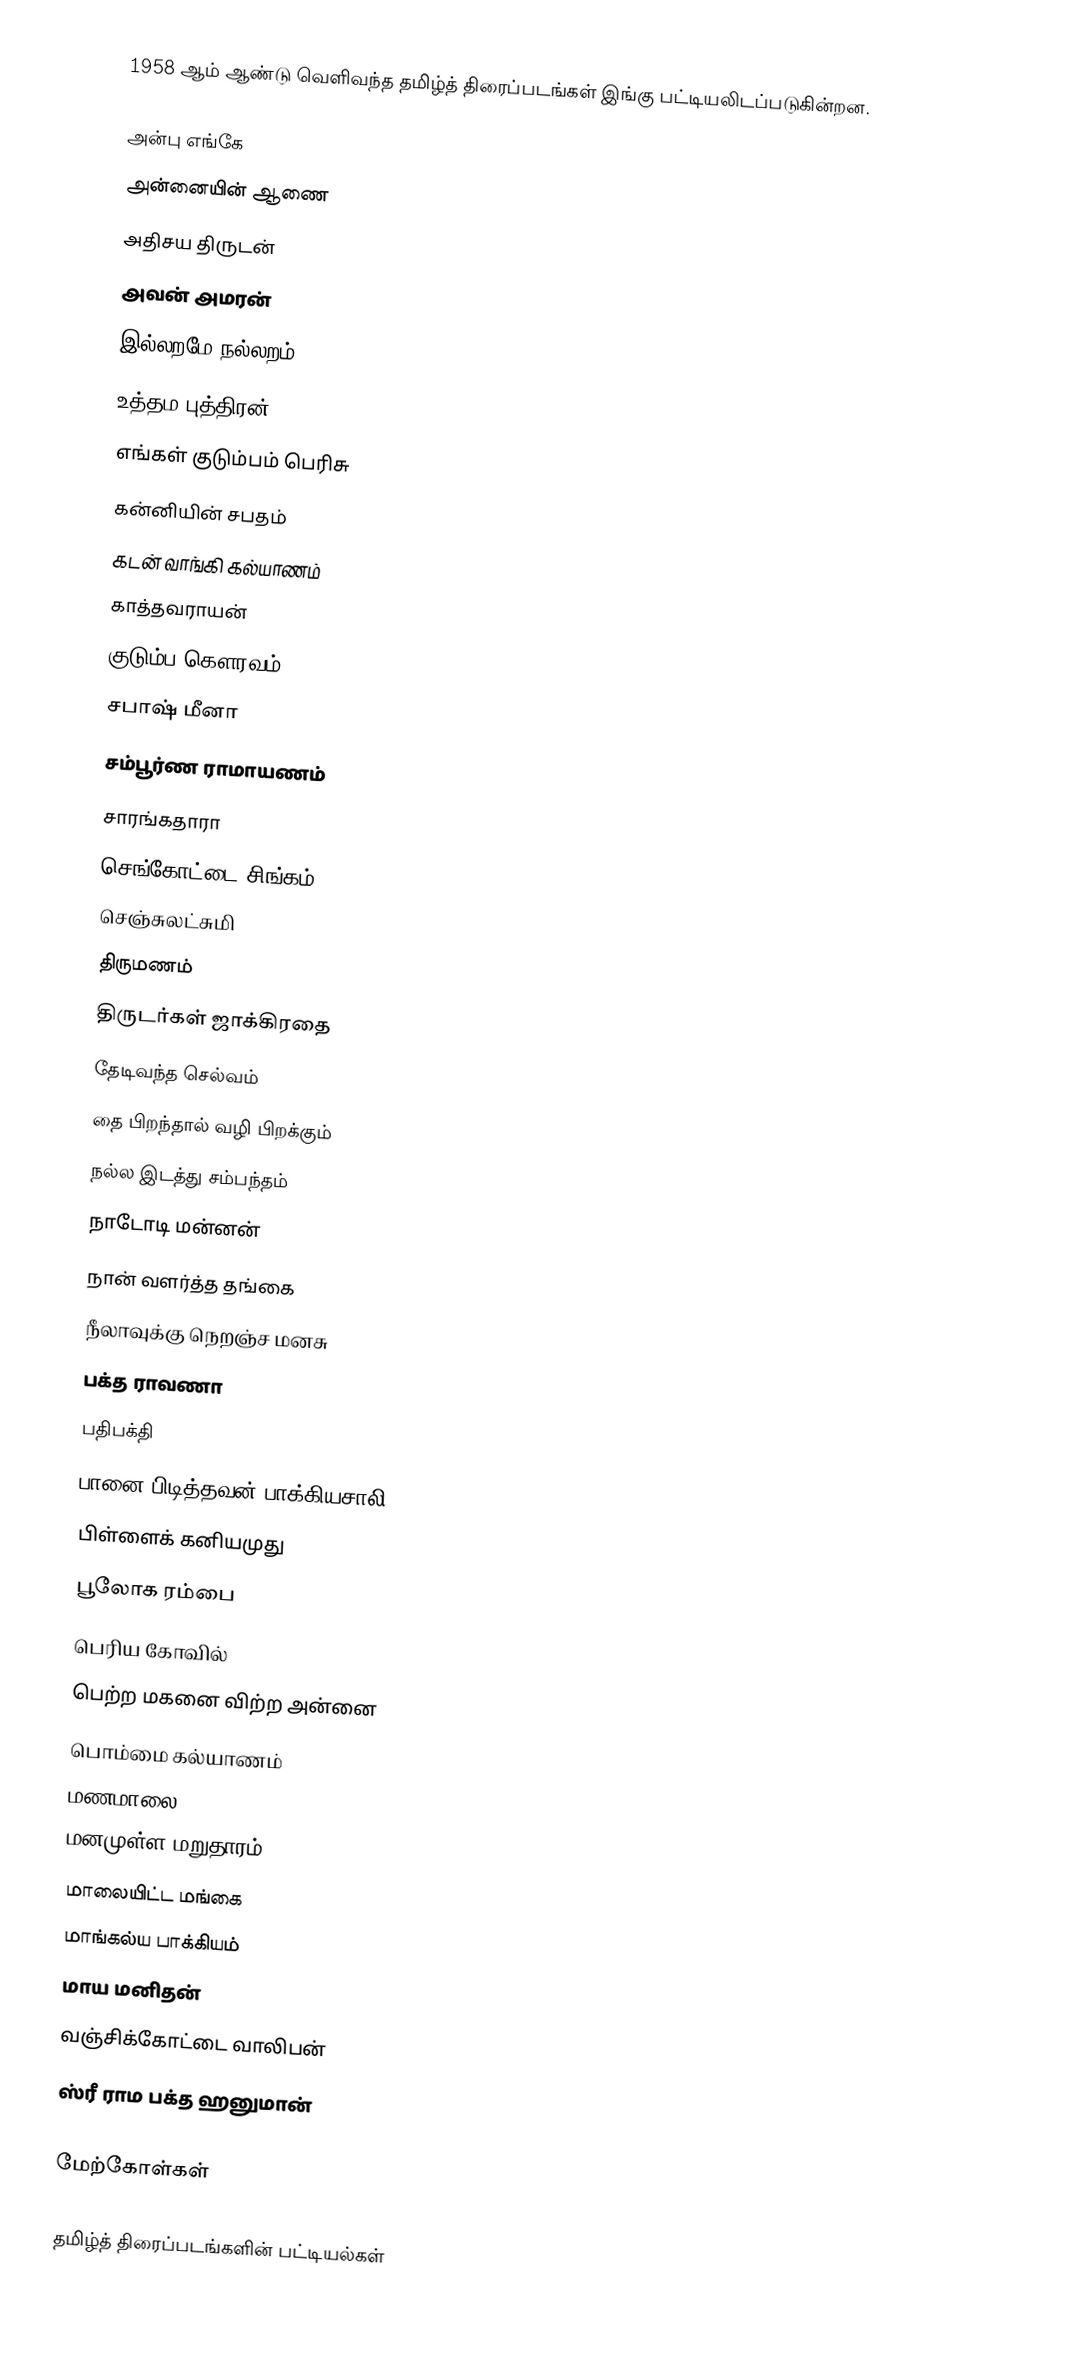
1958 ஆம் ஆண்டு வெளிவந்த தமிழ்த் திரைப்படங்கள் இங்கு பட்டியலிடப்படுகின்றன.

 அன்பு எங்கே
 அன்னையின் ஆணை
 அதிசய திருடன்
 அவன் அமரன்
 இல்லறமே நல்லறம்
 உத்தம புத்திரன்
 எங்கள் குடும்பம் பெரிசு
 கன்னியின் சபதம்
 கடன் வாங்கி கல்யாணம்
 காத்தவராயன்
 குடும்ப கௌரவம்
 சபாஷ் மீனா
 சம்பூர்ண ராமாயணம்
 சாரங்கதாரா
 செங்கோட்டை சிங்கம்
 செஞ்சுலட்சுமி
 திருமணம்
 திருடர்கள் ஜாக்கிரதை
 தேடிவந்த செல்வம்
 தை பிறந்தால் வழி பிறக்கும்
 நல்ல இடத்து சம்பந்தம்
 நாடோடி மன்னன்
 நான் வளர்த்த தங்கை
 நீலாவுக்கு நெறஞ்ச மனசு
 பக்த ராவணா
 பதிபக்தி
 பானை பிடித்தவன் பாக்கியசாலி
 பிள்ளைக் கனியமுது
 பூலோக ரம்பை
 பெரிய கோவில்
 பெற்ற மகனை விற்ற அன்னை
 பொம்மை கல்யாணம்
 மணமாலை
 மனமுள்ள மறுதாரம்
 மாலையிட்ட மங்கை
 மாங்கல்ய பாக்கியம்
 மாய மனிதன்
 வஞ்சிக்கோட்டை வாலிபன்
 ஸ்ரீ ராம பக்த ஹனுமான்

மேற்கோள்கள்

தமிழ்த் திரைப்படங்களின் பட்டியல்கள்